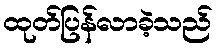
ထုတ်ပြန်လာခဲ့သည်